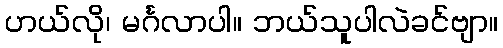
ဟယ်လို၊ မင်္ဂလာပါ။ ဘယ်သူပါလဲခင်ဗျာ။